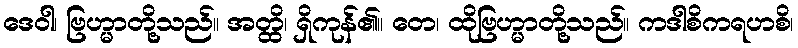
ဒေဝါ၊ ဗြဟ္မာတို့သည်။ အတ္ထိ၊ ရှိကုန်၏။ တေ၊ ထိုဗြဟ္မာတို့သည်။ ကဒါစိကရဟစိ၊